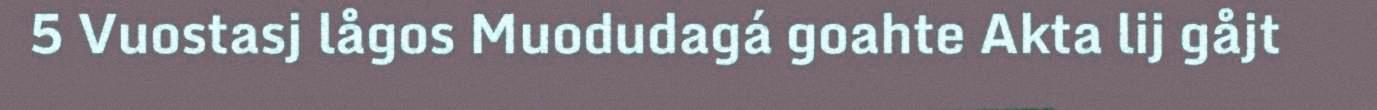
5 Vuostasj lågos Muodudagá goahte Akta lij gåjt